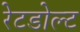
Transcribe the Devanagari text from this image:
रेटडोल्ट